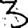
Digit: 3